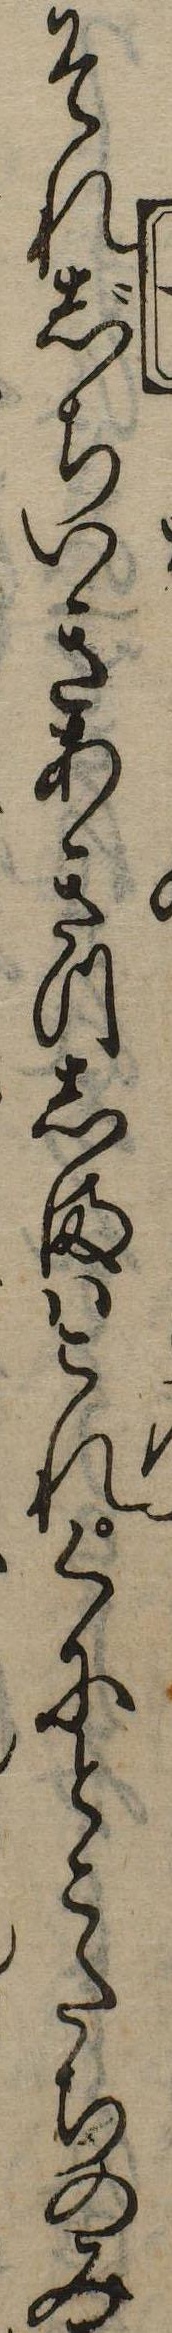
それじちいきあきつしまはこれくにとこたちのみ